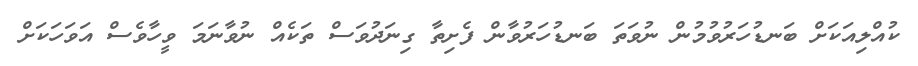
ކުއްލިއަކަށް ބަނޑުހަރުވުމުން ނުވަތަ ބަނޑުހަރުވާން ފެށިތާ ގިނަދުވަސް ތަކެއް ނުވާނަމަ ވީހާވެސް އަވަހަކަށް